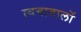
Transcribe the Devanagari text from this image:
त्वचावालों